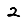
Digit: 2